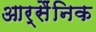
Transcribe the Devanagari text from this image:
आर्सैंनिक